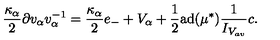
\frac { \kappa _ { \alpha } } { 2 } \partial v _ { \alpha } v _ { \alpha } ^ { - 1 } = \frac { \kappa _ { \alpha } } { 2 } e _ { - } + V _ { \alpha } + \frac { 1 } { 2 } \mathrm { a d } ( \mu ^ { * } ) \frac { 1 } { I _ { V _ { a v } } } c .